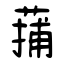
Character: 蒱